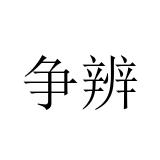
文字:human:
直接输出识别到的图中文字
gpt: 争辨